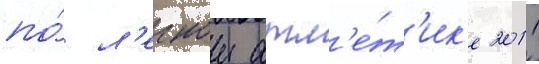
по́ л'егкои атл'е́т'ик'е 2011